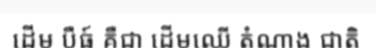
ដើម បឺធ៍ គឺជា ដើមឈើ តំណាង ជាតិ